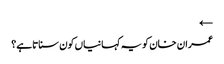
←
عمران خان کو یہ کہانیاں کون سناتاہے؟